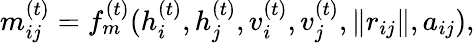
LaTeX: {m}_{ij}^{(t)}=f_{m}^{(t)}(h_{i}^{(t)},h_{j}^{(t)},v_{i}^{(t)},v_{j}^{(t)},\| {r}_{ij}\| ,a_{ij}),